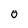
Character: 0